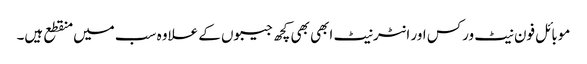
موبائل فون نیٹ ورکس اور انٹرنیٹ ابھی بھی کچھ جیبوں کے علاوہ سب میں منقطع ہیں۔